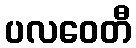
ပလဝေတီ